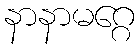
နာနာမဂ္ဂေ